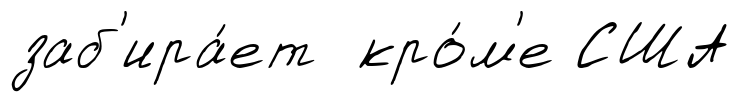
заб'ира́ет кро́м'е США